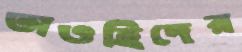
তাওহিদের